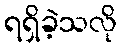
ရရှိခဲ့သလို